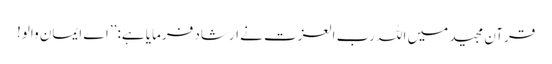
قرآن مجید میں اللہ رب العزت نے ارشاد فرمایا ہے: ’’اے ایمان والو!